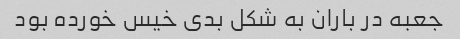
جعبه در باران به شکل بدی خیس خورده بود